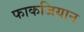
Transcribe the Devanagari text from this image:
फाकजियान